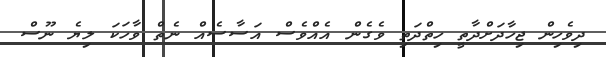
ދިވެހިން ޖިހާދަށްދާތީ ހިތްދަތި ވެގެން އެއްވެސް އަސާސެއް ނެތް ވާހަކަ ލިޔެ ނޫސް